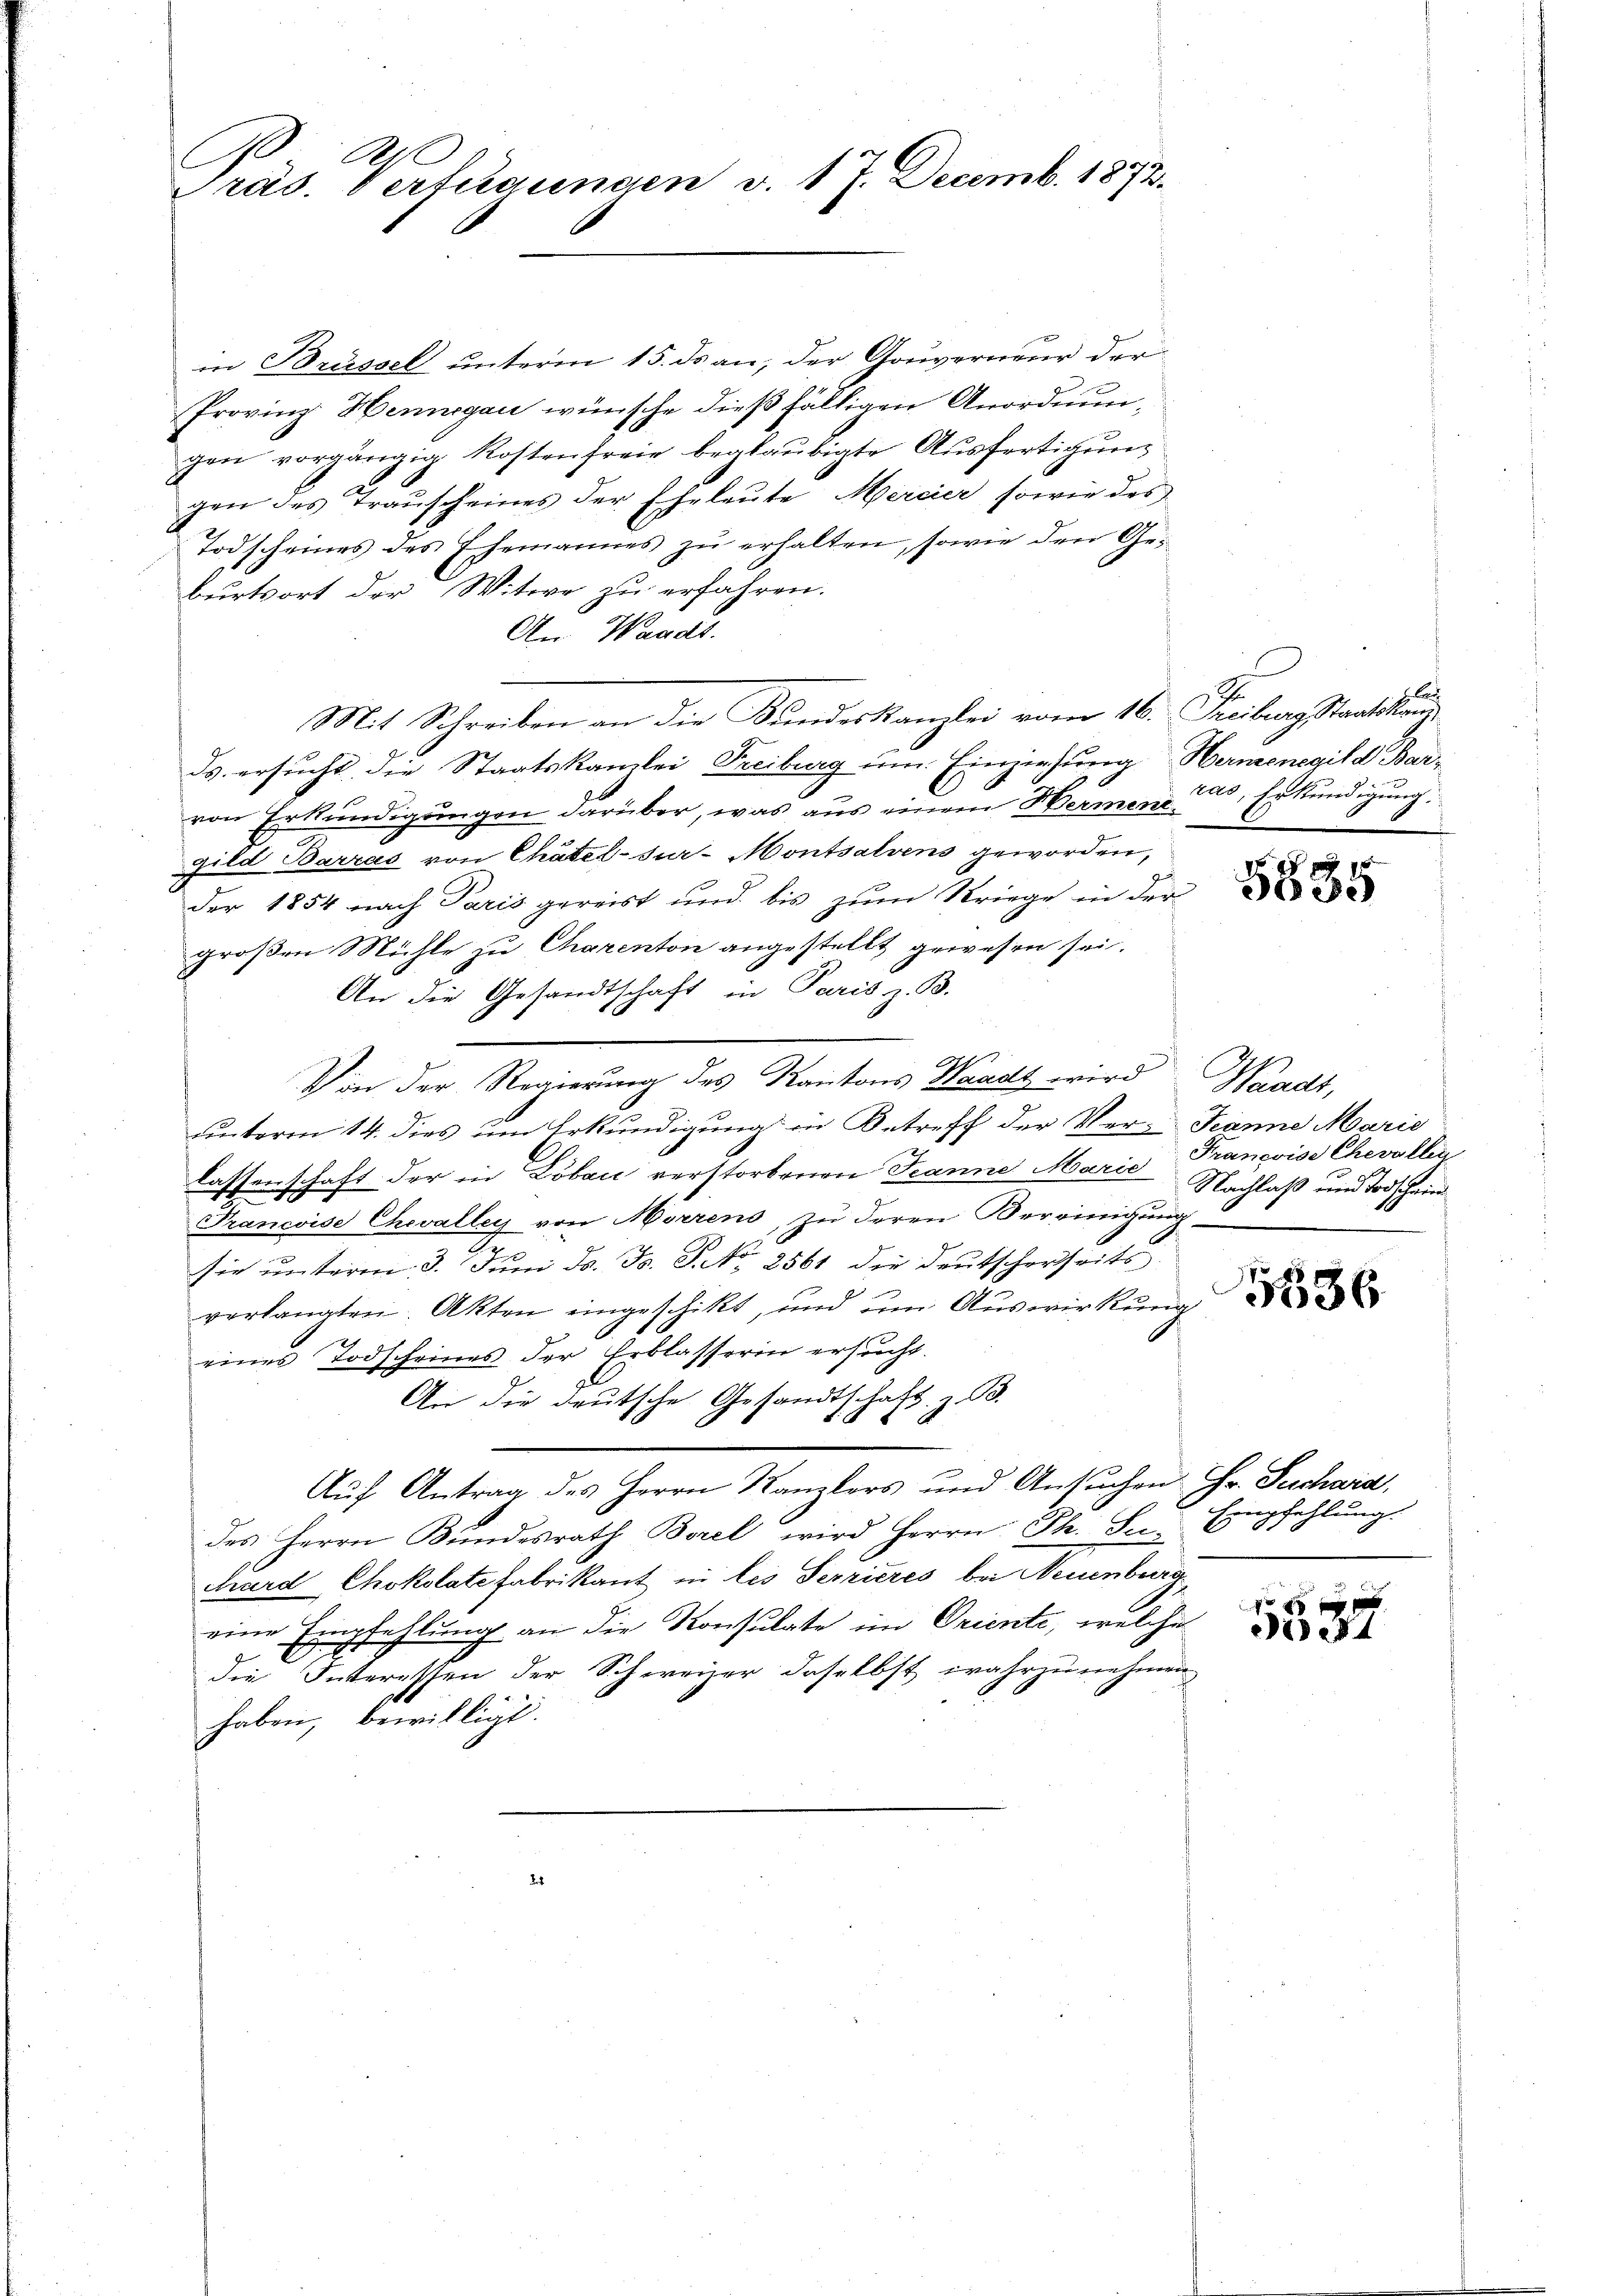
A
Präs. Verfügungen v. 17. Decemb. 1873.

in Brüssel unterm 15. ds an, der Gouverneuer der
Provinz Henngau wünsche dießfälligen Anordnungen vorgängig Kostenfreie beglaubigte Ausfertigung
gen des Trauscheines der Eheleute Mercier sowie des
Todscheines des Ehemannes zu erhalten, sowie den Geburtsort der Witwe zu erfahren.
An Waadt.
Mit Schreiben an die Bundeskanzlei vom 16. Freiburg Staatskanz
ds. ersucht, die Staatskanzlei Freiburg um Einziehung Hernenegild Barvon Erkundigungen darüber, was aus einem Hermen 200, Erkundigung.
Gild Barras von Chätel-Sur-Montsalvens geworden,
der 1854 nach Paris gereist und bis zŭm Striege in der de
großen Mühle zu Charenton angestellt gewesen sei.
An die Gesandtschaft in Paris z. B.
Von der Regierung des Kantons Waadt wird Waadt,
unterm 14. dies um Erkundigung in Betreff der Ver-Jeanne Marie
lassenschaft der in Lobau verstorbenen Jeanne Marie Nachlaß und Todschein
Prancoise Chevalley von Morens, zu deren Vereinigung
t
sie unterm 3. Juni d. J. J. No. 2561 die Deutscherseits-
verlangten. Akten eingeschikt, und um Auswirkung
eines Todscheines der Erblasserin ersucht.
An die deutsche Gesandtschaft z. B.
s
Aŭf Antrag des Herrn Kanzlers und Ansŭchen Fr. Suchaid,
des Herrn Bundesrath Borel wird Herrn Th. Suchard Chokolate Fabrikant in les Terrieres bei Neuenburg,
eine Empfehlung an die Konsulate im Oriente, welche
x
die Interessen der Schweizer daselbst wahrzunehmen
haben, bewilligt.

. Ca

f 9 x

Franzvise Chevolleg

5536

Empfehlung.
2

1 f 0 x
.14